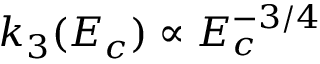
k _ { 3 } ( E _ { c } ) \propto E _ { c } ^ { - 3 / 4 }